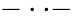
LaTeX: -\cdot\cdot-